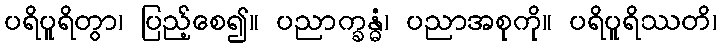
ပရိပူရိတွာ၊ ပြည့်စေ၍။ ပညာက္ခန္ဓံ၊ ပညာအစုကို။ ပရိပူရိဿတိ၊